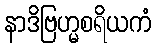
နာဒိဗြဟ္မစရိယကံ